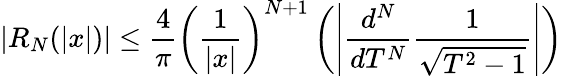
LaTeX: \lvert R_{N}(\lvert x\rvert)\rvert\le\frac{4}{\pi}\left(\frac{1}{\lvert x\rvert}\right)^{N+1}\left(\left\lvert\frac{d^{N}}{dT^{N}}\frac{1}{\sqrt{T^{2}-1}}\right\rvert\right)